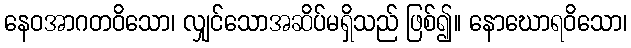
နေဝအာဂတဝိသော၊ လျှင်သောအဆိပ်မရှိသည် ဖြစ်၍။ နောဃောရဝိသော၊